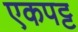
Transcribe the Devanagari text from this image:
एकपट्ट